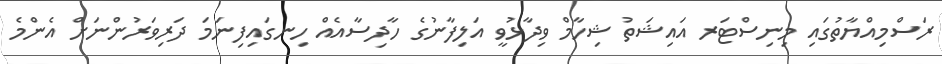
ރަސްމިއްޔާތުގައި މިނިސްޓަރ އައިޝަތު ޝިހާމް ވިދާޅުވީ އަލިފާނުގެ ހާދިސާއެއް ހިނގައިފިނަމަ ދަރިވަރުންނަށް އެންމެ